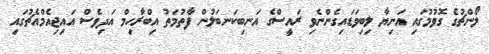
ލޯންޗުގެ ގޮވުމުގައި އަނިޔާ ލިބިވަޑައިގެންނެވި ރައީސްގެ އަނބިކަނބަލުން ފާތުމަތު އިބްރާހިމް އަދިވެސް އައިޖިއެމްއެޗުގައި